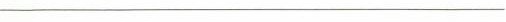
__________________________